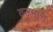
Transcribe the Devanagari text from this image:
वजमाचे